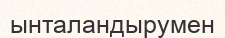
ынталандырумен